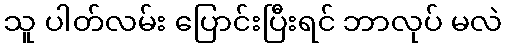
သူ ပါတ်လမ်း ပြောင်းပြီးရင် ဘာလုပ် မလဲ